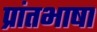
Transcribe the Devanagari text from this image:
प्रांतभाषा